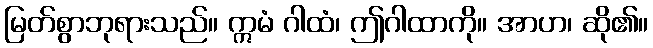
မြတ်စွာဘုရားသည်။ ဣမံ ဂါထံ၊ ဤဂါထာကို။ အာဟ၊ ဆို၏။